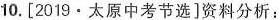
10.[2019·太原中考节选]资料分析：